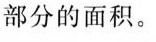
部分的面积。